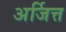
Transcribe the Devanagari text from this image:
अर्जित्त